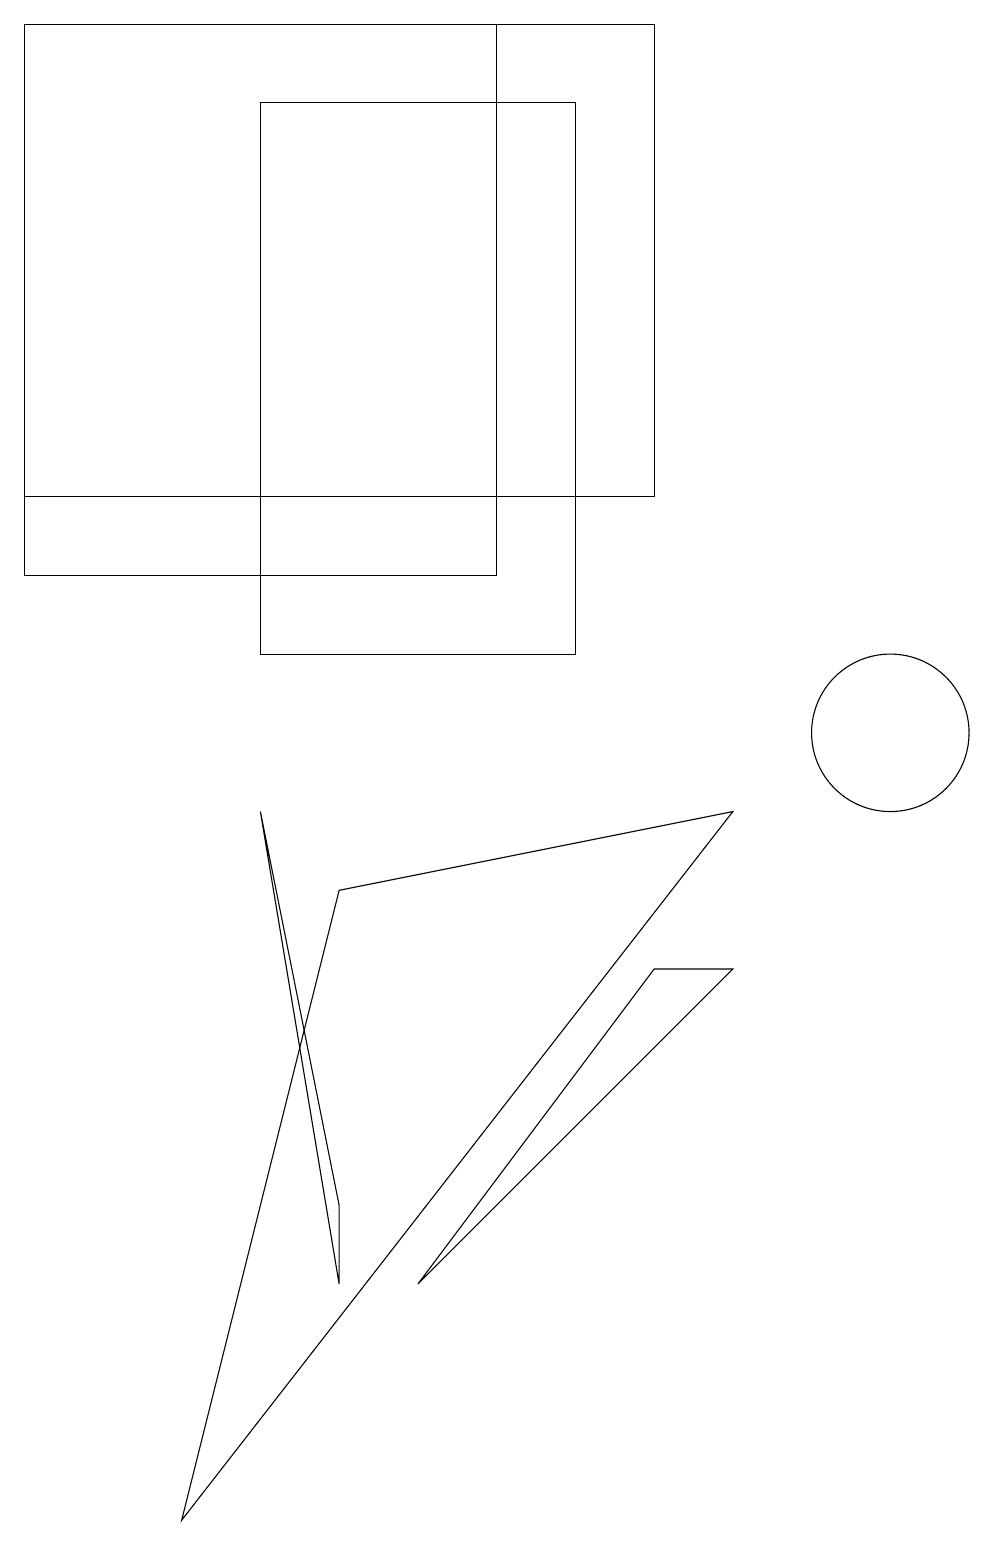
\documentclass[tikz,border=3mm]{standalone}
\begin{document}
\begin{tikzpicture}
\draw (3,11) rectangle (7,18);
\draw (3,9) -- (4,4) -- (4,3) -- cycle;
\draw (6,19) rectangle (0,12);
\draw (9,9) -- (4,8) -- (2,0) -- cycle;
\draw (8,7) -- (9,7) -- (5,3) -- cycle;
\draw (0,19) rectangle (8,13);
\draw (11,10) circle (1);
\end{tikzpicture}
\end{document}